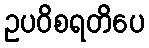
ဥပဝိစရတိပေ